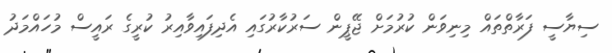
ސިޔާސީ ފަރާތްތައް މިނިވަން ކުރުމަށް ޖޭޕީން ސަރުކާރުގައި އެދިފައިވާއިރު ކުރީގެ ރައީސް މުހައްމަދު